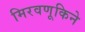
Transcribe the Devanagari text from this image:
मिरवणूकिने